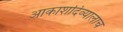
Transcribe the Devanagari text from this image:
आकाशदिव्यालाच